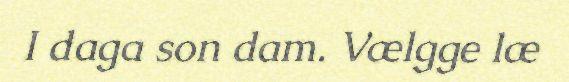
I daga son dam. Vælgge læ